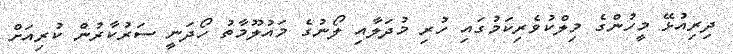
ދިރިއުޅޭ މީހުންގެ މިލްކުވެރިކަމުގައި ހުރި މުދަލާއި ލޯނުގެ މައުލޫމާތު ހޯދަނީ ސަރުކާރުން ކުރިއަށް